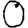
Digit: 0